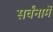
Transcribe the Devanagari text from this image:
सर्वंनामें